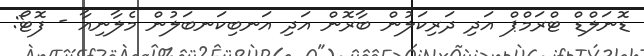
ޑޮނަލްޑް ޓްރަމްޕް އަދި ދަރިކަލުން ބާރޮން އަދި އަނބިކަނބަލުން މެލާނިއާ - ފޮޓޯ: